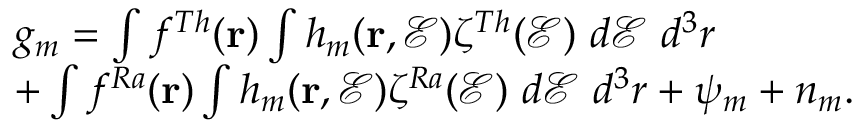
\begin{array} { r l } & { g _ { m } = \int f ^ { T h } ( \mathbf { r } ) \int h _ { m } ( \mathbf { r } , \mathcal { E } ) \zeta ^ { T h } ( \mathcal { E } ) ~ d \mathcal { E } ~ d ^ { 3 } r } \\ & { + \int f ^ { R a } ( \mathbf { r } ) \int h _ { m } ( \mathbf { r } , \mathcal { E } ) \zeta ^ { R a } ( \mathcal { E } ) ~ d \mathcal { E } ~ d ^ { 3 } r + \psi _ { m } + n _ { m } . } \end{array}